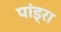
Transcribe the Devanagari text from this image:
पांड्रा